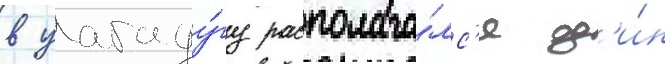
в уагаду́гу располага́лс'я од'и́н